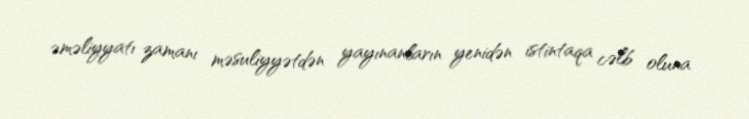
əməliyyatı zamanı məsuliyyətdən yayınanların yenidən istintaqa cəlb oluna